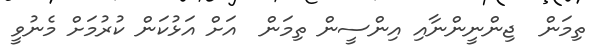
ތިމަން  ޖިންނީންނާއި އިންސީން ތިމަން  އަށް އަޅުކަން ކުރުމަށް މެނުވީ